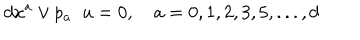
LaTeX: d x ^ { a } \vee p _ { a } \; \; u = 0 , \quad a = 0 , 1 , 2 , 3 , 5 , . . . , d